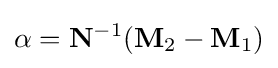
\mathbf {\alpha } =\mathbf {N} ^{-1}(\mathbf {M} _{2}-\mathbf {M} _{1})